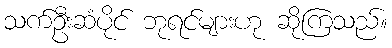
သက်ဦးဆံပိုင် ဘုရင်များဟု ဆိုကြသည်။